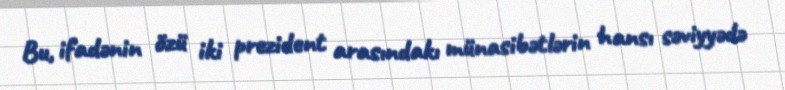
Bu, ifadənin özü iki prezident arasındakı münasibətlərin hansı səviyyədə